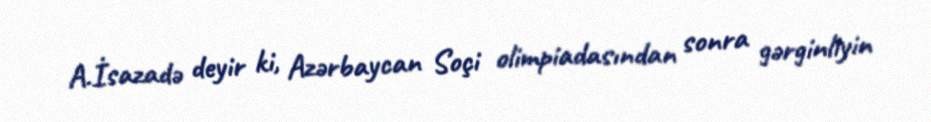
A.İsazadə deyir ki, Azərbaycan Soçi olimpiadasından sonra gərginliyin